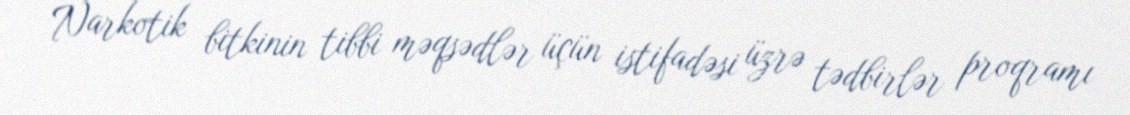
Narkotik bitkinin tibbi məqsədlər üçün istifadəsi üzrə tədbirlər proqramı